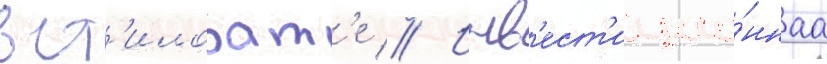
в ст'илобат'е // Инв'ест'ицио́ннаа